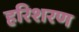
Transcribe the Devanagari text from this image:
हरिशरण